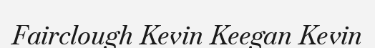
Fairclough Kevin Keegan Kevin